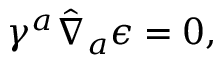
\gamma ^ { a } \hat { \nabla } _ { a } \epsilon = 0 ,